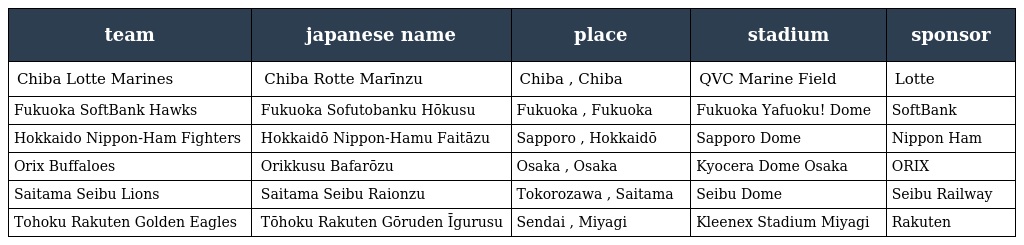
| team | japanese name | place | stadium | sponsor |
 | --- | --- | --- | --- | --- |
 | Chiba Lotte Marines | 千葉ロッテマリーンズ Chiba Rotte Marīnzu | Chiba , Chiba | QVC Marine Field | Lotte |
 | Fukuoka SoftBank Hawks | 福岡ソフトバンクホークス Fukuoka Sofutobanku Hōkusu | Fukuoka , Fukuoka | Fukuoka Yafuoku! Dome | SoftBank |
 | Hokkaido Nippon-Ham Fighters | 北海道日本ハムファイターズ Hokkaidō Nippon-Hamu Faitāzu | Sapporo , Hokkaidō | Sapporo Dome | Nippon Ham |
 | Orix Buffaloes | オリックス・バファローズ Orikkusu Bafarōzu | Osaka , Osaka | Kyocera Dome Osaka | ORIX |
 | Saitama Seibu Lions | 埼玉西武ライオンズ Saitama Seibu Raionzu | Tokorozawa , Saitama | Seibu Dome | Seibu Railway |
 | Tohoku Rakuten Golden Eagles | 東北楽天ゴールデンイーグルス Tōhoku Rakuten Gōruden Īgurusu | Sendai , Miyagi | Kleenex Stadium Miyagi | Rakuten |